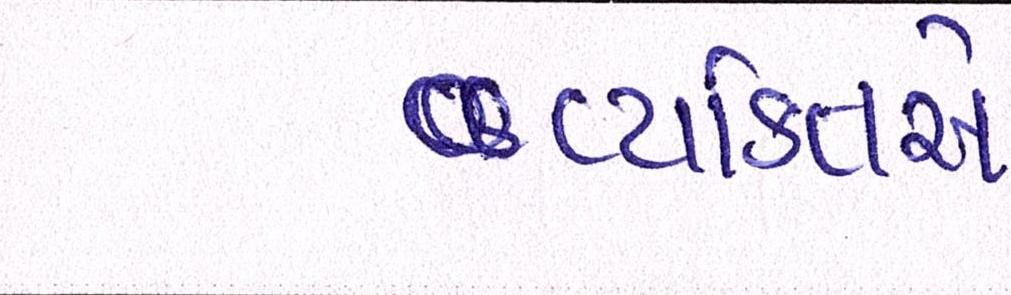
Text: વ્યકિતએ